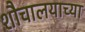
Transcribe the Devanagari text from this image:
शौचालयाच्या